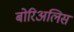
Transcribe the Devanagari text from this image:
बोरिअलिस